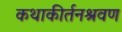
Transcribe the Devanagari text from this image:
कथाकीर्तनश्रवण